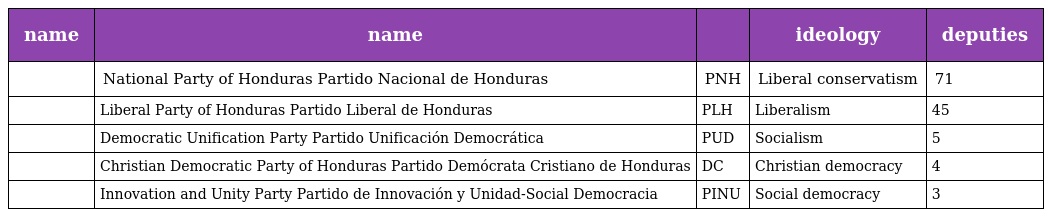
| name | name |  | ideology | deputies |
 | --- | --- | --- | --- | --- |
 |  | National Party of Honduras Partido Nacional de Honduras | PNH | Liberal conservatism | 71 |
 |  | Liberal Party of Honduras Partido Liberal de Honduras | PLH | Liberalism | 45 |
 |  | Democratic Unification Party Partido Unificación Democrática | PUD | Socialism | 5 |
 |  | Christian Democratic Party of Honduras Partido Demócrata Cristiano de Honduras | DC | Christian democracy | 4 |
 |  | Innovation and Unity Party Partido de Innovación y Unidad-Social Democracia | PINU | Social democracy | 3 |